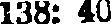
138: 40,